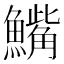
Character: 𫙾